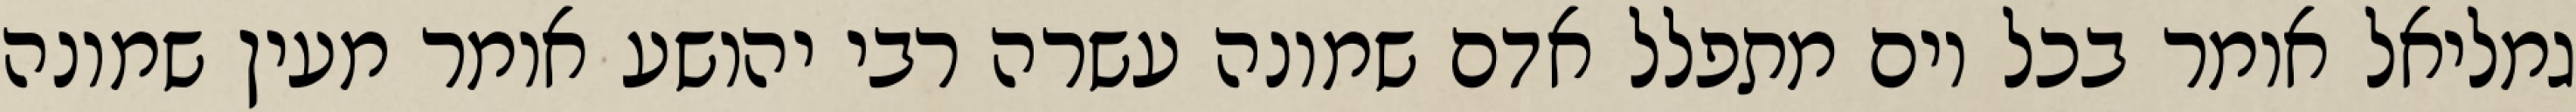
גמליאל אומר בכל יום מתפלל אדם שמונה עשרה רבי יהושע אומר מעין שמונה